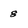
Character: 8